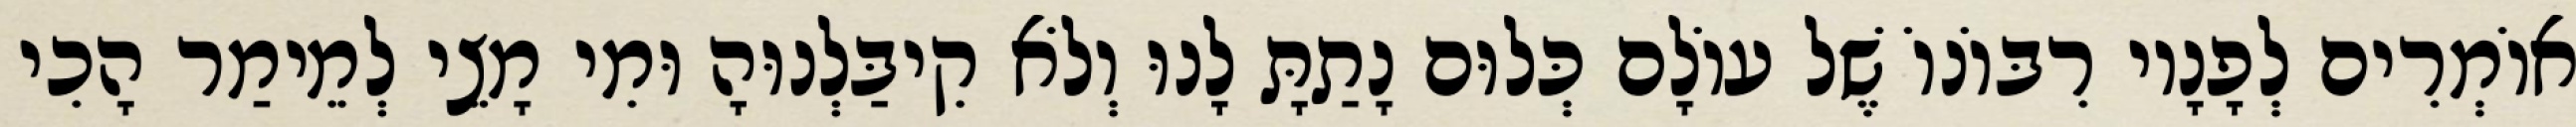
אוֹמְרִים לְפָנָיו רִבּוֹנוֹ שֶׁל עוֹלָם כְּלוּם נָתַתָּ לָנוּ וְלֹא קִיבַּלְנוּהָ וּמִי מָצֵי לְמֵימַר הָכִי